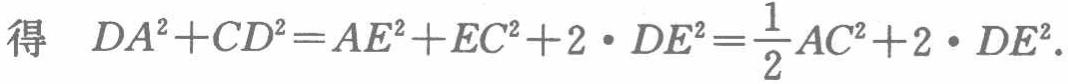
得 \(DA^{2}+CD^{2}=AE^{2}+EC^{2}+2\cdot DE^{2}=\frac{1}{2}AC^{2}+2\cdot DE^{2}\).